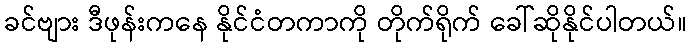
ခင်ဗျား ဒီဖုန်းကနေ နိုင်ငံတကာကို တိုက်ရိုက် ခေါ်ဆိုနိုင်ပါတယ်။